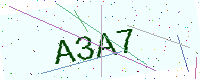
Text: A3A7